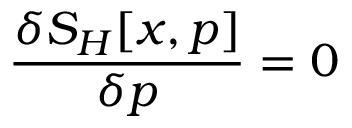
\frac { \delta S _ { H } [ x , p ] } { \delta p } = 0